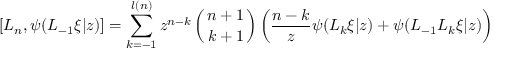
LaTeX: { [ } L _ { n } , \psi ( L _ { - 1 } \xi | z ) { ] } = \sum _ { k = - 1 } ^ { l ( n ) } z ^ { n - k } \left( { n + 1 \atop k + 1 } \right) \left( \frac { n - k } { z } \psi ( L _ { k } \xi | z ) + \psi ( L _ { - 1 } L _ { k } \xi | z ) \right)